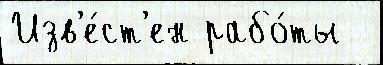
Изв'е́ст'ен рабо́ты